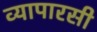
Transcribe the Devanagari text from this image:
व्यापारसी